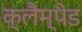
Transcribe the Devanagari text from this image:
क्लैम्पेड